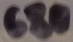
Text: 680